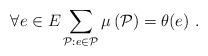
LaTeX: \begin{align*}\forall e \in E \sum_{\mathcal{P} : e \in \mathcal{P}} \mu\left(\mathcal{P}\right) = \theta(e) \ .\end{align*}